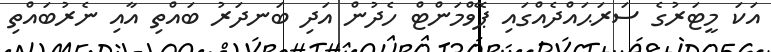
އަކަ މީޓަރުގެ ސަރަޙައްދެއްގައި ޕޭވްމަންޓް ހެދުން އަދި ބަނދަރު ބައްތި އާއި ނެރުބައްތި